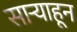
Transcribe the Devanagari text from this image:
साऱ्याहून